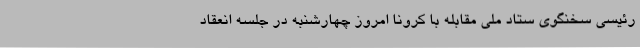
رئیسی سخنگوی ستاد ملی مقابله با کرونا امروز چهارشنبه در جلسه انعقاد